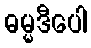
ဓမ္မဒီပေါ